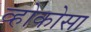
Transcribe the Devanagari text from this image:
व्होकोसा